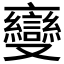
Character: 𬽠